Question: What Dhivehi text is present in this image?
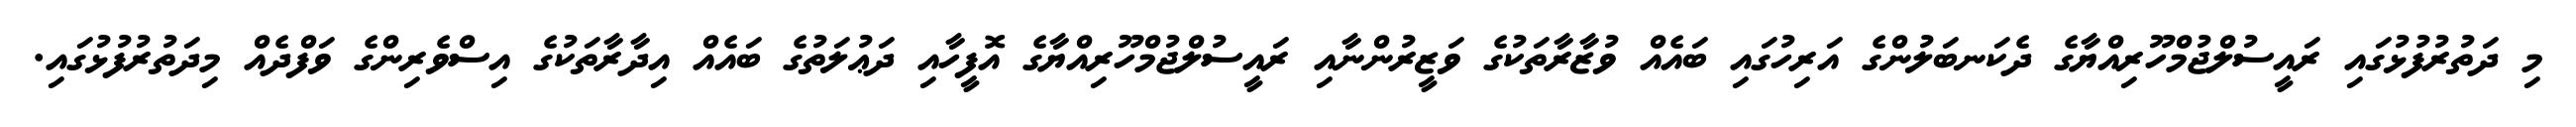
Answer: މި ދަތުރުފުޅުގައި ރައީސުލްޖުމްހޫރިއްޔާގެ ދެކަނބަލުންގެ އަރިހުގައި ބައެއް ވުޒާރާތަކުގެ ވަޒީރުންނާއި ރައީސުލްޖުމްހޫރިއްޔާގެ އޮފީހާއި ދަޢުލަތުގެ ބައެއް އިދާރާތަކުގެ އިސްވެރިންގެ ވަފްދެއް މިދަތުރުފުޅުގައި.